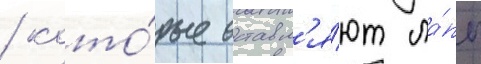
/ кото́рые оставл'я́ют ла́пы